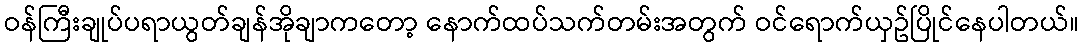
ဝန်ကြီးချုပ်ပရာယွတ်ချန်အိုချာကတော့ နောက်ထပ်သက်တမ်းအတွက် ဝင်ရောက်ယှဥ်ပြိုင်နေပါတယ်။